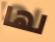
لها